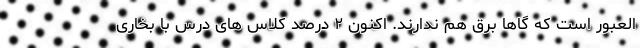
العبور است که گاها برق هم ندارند. اکنون ۲ درصد کلاس های درس با بخاری